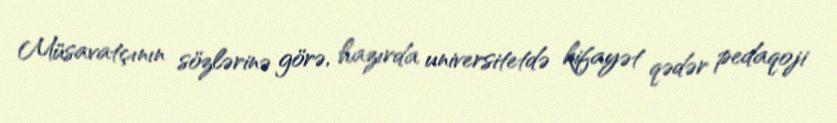
Müsavatçının sözlərinə görə, hazırda universitetdə kifayət qədər pedaqoji